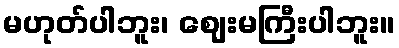
မဟုတ်ပါဘူး၊ ဈေးမကြီးပါဘူး။